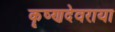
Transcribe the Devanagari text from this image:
कॄष्णदेवराया